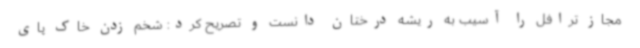
مجاز ترافل را آسیب به ریشه درختان دانست و تصریح کرد: شخم زدن خاک پای